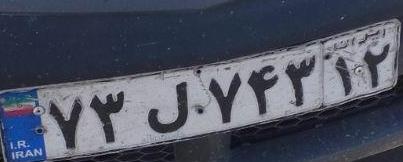
۷۳ل۷۴۳۱۲